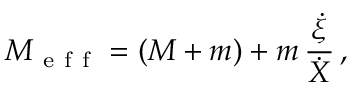
M _ { \mathrm { ~ e ~ f ~ f ~ } } = ( M + m ) + m \, \frac { \dot { \xi } } { \dot { X } } \, ,